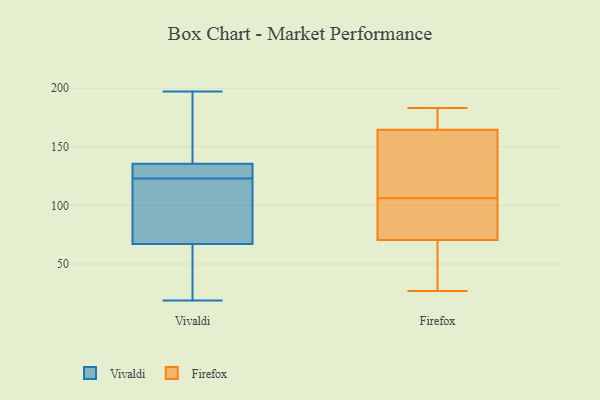
{"axis": {"x": "Satisfaction Score", "y": "Value"}, "legend": ["Firefox", "Vivaldi"], "data": [{"x": "", "y": 73, "type": "Vivaldi"}, {"x": "", "y": 132, "type": "Vivaldi"}, {"x": "", "y": 100, "type": "Vivaldi"}, {"x": "", "y": 53, "type": "Vivaldi"}, {"x": "", "y": 61, "type": "Vivaldi"}, {"x": "", "y": 124, "type": "Vivaldi"}, {"x": "", "y": 122, "type": "Vivaldi"}, {"x": "", "y": 197, "type": "Vivaldi"}, {"x": "", "y": 124, "type": "Vivaldi"}, {"x": "", "y": 19, "type": "Vivaldi"}, {"x": "", "y": 141, "type": "Vivaldi"}, {"x": "", "y": 139, "type": "Vivaldi"}, {"x": "", "y": 63, "type": "Firefox"}, {"x": "", "y": 181, "type": "Firefox"}, {"x": "", "y": 30, "type": "Firefox"}, {"x": "", "y": 181, "type": "Firefox"}, {"x": "", "y": 27, "type": "Firefox"}, {"x": "", "y": 120, "type": "Firefox"}, {"x": "", "y": 104, "type": "Firefox"}, {"x": "", "y": 74, "type": "Firefox"}, {"x": "", "y": 113, "type": "Firefox"}, {"x": "", "y": 73, "type": "Firefox"}, {"x": "", "y": 183, "type": "Firefox"}, {"x": "", "y": 106, "type": "Firefox"}, {"x": "", "y": 159, "type": "Firefox"}]}